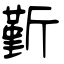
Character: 斳